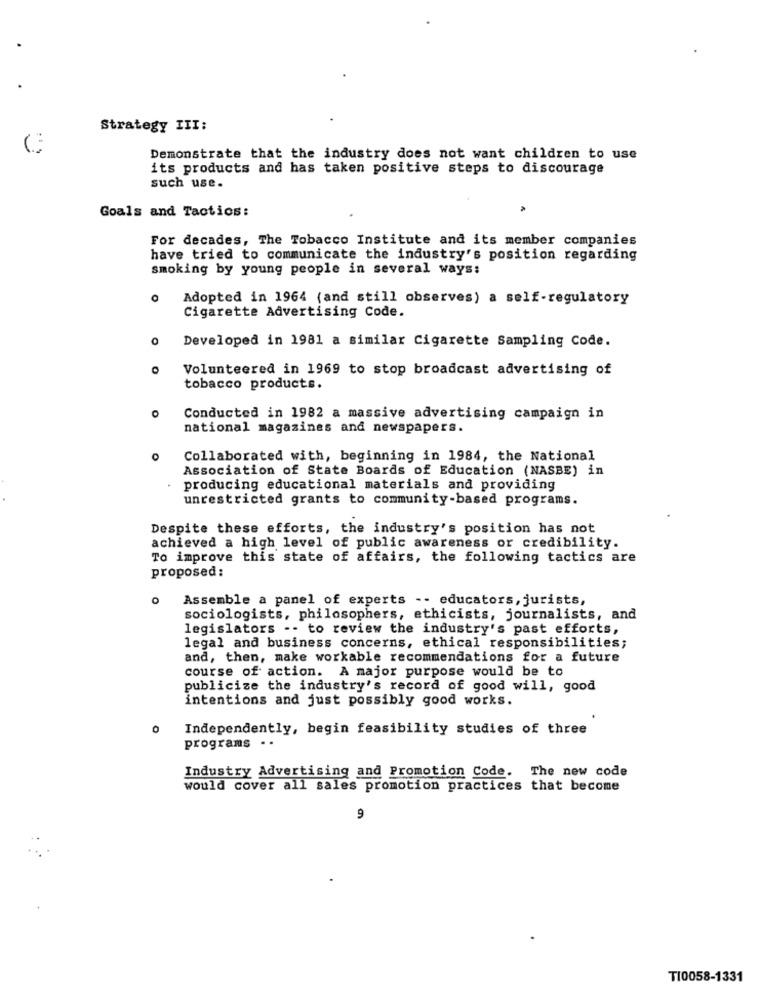
Strategy III:
C
Demonstrate that the industry does not want children to use
its products and has taken positive steps to discourage
such use.
Goals and Tactics:
For decades, The Tobacco Institute and its member companies
have tried to communicate the industry's position regarding
smoking by young people in several ways:
O
Adopted in 1964 (and still observes) a self-regulatory
Cigarette Advertising Code.
Developed in 1981 a similar Cigarette Sampling Code.
O
Volunteered in 1969 to stop broadcast advertising of
tobacco products.
O
Conducted in 1982 a massive advertising campaign in
national magazines and newspapers.
Collaborated with, beginning in 1984, the National
Association of State Boards of Education (NASBE) in
producing educational materials and providing
unrestricted grants to community-based programs.
Despite these efforts, the industry's position has not
achieved a high level of public awareness or credibility.
To improve this state of affairs, the following tactics are
proposed:
0
Assemble a panel of experts -- educators, jurists,
sociologists, philosophers, ethicists, journalists, and
legislators -- to review the industry's past efforts,
legal and business concerns, ethical responsibilities;
and, then, make workable recommendations for a future
course of action. A major purpose would be to
publicize the industry's record of good will, good
intentions and just possibly good works.
0
Independently, begin feasibility studies of three
programs . .
Industry Advertising and Promotion Code. The new code
would cover all sales promotion practices that become
9
TI0058-1331